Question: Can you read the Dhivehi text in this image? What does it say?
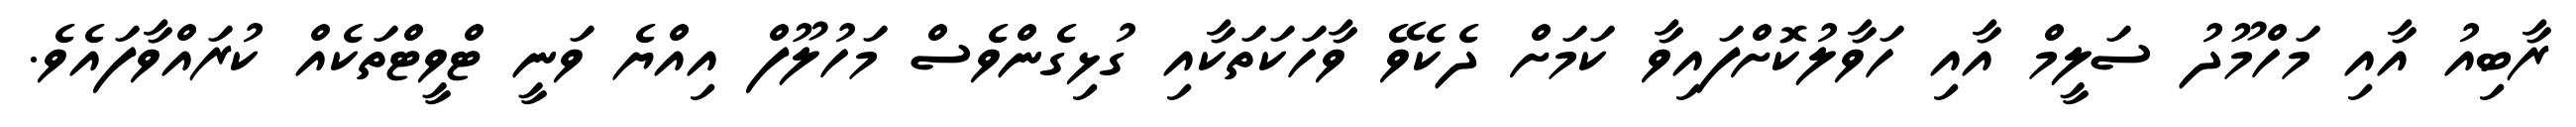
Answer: ރާބިއު އާއި މަހްމޫދު ސަލީމް އާއި ހަވާލުކޮށްފައިވާ ކަމަށް ދެކެވޭ ވާހަކަތަކާއި ގުޅިގެންވެސް މަހުލޫފް އިއްޔެ ވަނީ ޓްވީޓްތަކެއް ކުރައްވާފައެވެ.